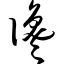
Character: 谗